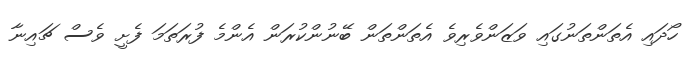
ހޯދައި އެތަންތަނުގައި ވަޒަންވެރިވެ އެތަންތަން ބޭނުންކުރަން އެންމެ ފުރަތަމަ ފެށީ ވެސް ޗައިނާ